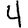
Digit: 4